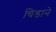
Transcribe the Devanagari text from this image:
चिडाने